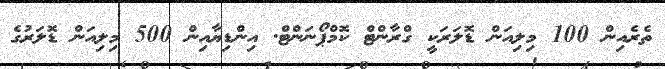
ތެރެއިން 100 މިލިއަން ޑޮލަރަކީ ގްރާންޓް ކޮމްޕޯނަންޓް. އިންޑިޔާއިން 500 މިލިއަން ޑޮލަރުގެ